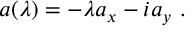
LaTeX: a ( \lambda ) = - \lambda a _ { x } - i a _ { y } \ .